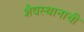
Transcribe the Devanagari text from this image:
शैवस्थानाची